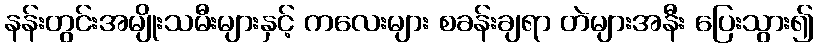
နန်းတွင်းအမျိုးသမီးများနှင့် ကလေးများ စခန်းချရာ တဲများအနီး ပြေးသွား၍